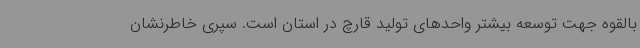
بالقوه جهت توسعه بیشتر واحدهای تولید قارچ در استان است. سپری خاطرنشان